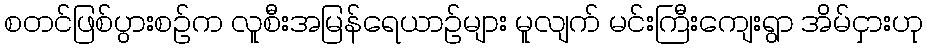
စတင်ဖြစ်ပွားစဉ်က လူစီးအမြန်ရေယာဉ်များ မူလျက် မင်းကြီးကျေးရွာ အိမ်ငှားဟု